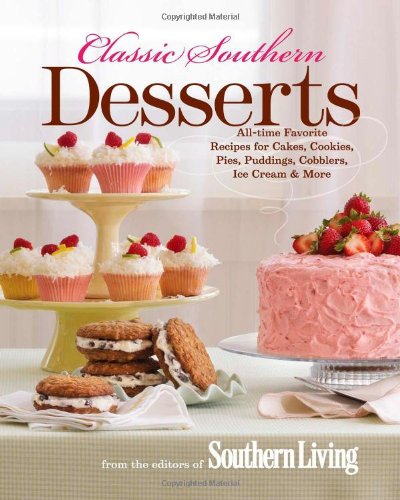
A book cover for Classic Southern Desserts: All-Time Favorite Recipes for Cakes, Cookies, Pies, Puddings, Cobblers, Ice Cream & More; Editors of Southern Living Magazine; Cookbooks, Food & Wine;